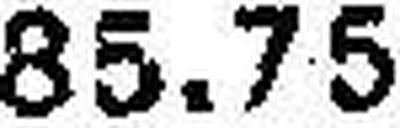
85.75